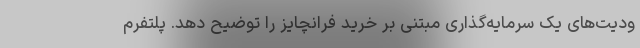
ودیت‌های یک سرمایه‌گذاری مبتنی بر خرید فرانچایز را توضیح دهد. پلتفرم